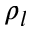
\rho _ { l }